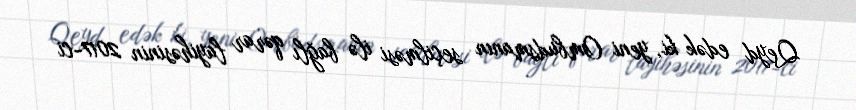
Qeyd edək ki, yeni Ombudsmanın seçilməsi ilə bağlı qərar layihəsinin 2017-ci